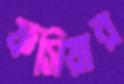
ফসিয়ার